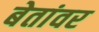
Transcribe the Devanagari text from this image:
बेतांवर